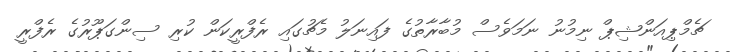
ޗެމްޕިއަންޝިޕް ނިމުނު ނަމަވެސް މުބާރާތުގެ ފައިނަލު މެޗުގައި ރެފްރީކަން ކުރި ސިންގަޕޫރުގެ ރެފްރީ